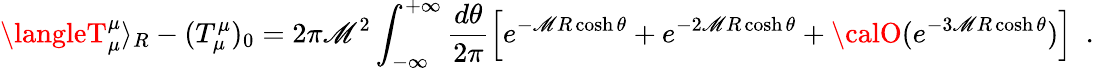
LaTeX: \langleT_{\mu}^{\mu}\rangle_{R}-(T_{\mu}^{\mu})_{0}=2\pi\mathscr{M}^{2}\int_{-\infty}^{+\infty}\frac{{d\theta}}{{2\pi}}\left[e^{-\mathscr{M}R\cosh\theta}+e^{-2\mathscr{M}R\cosh\theta}+{\calO}(e^{-3\mathscr{M}R\cosh\theta})\right]\, \, \, .